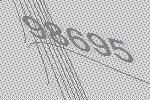
98695